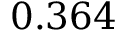
0 . 3 6 4